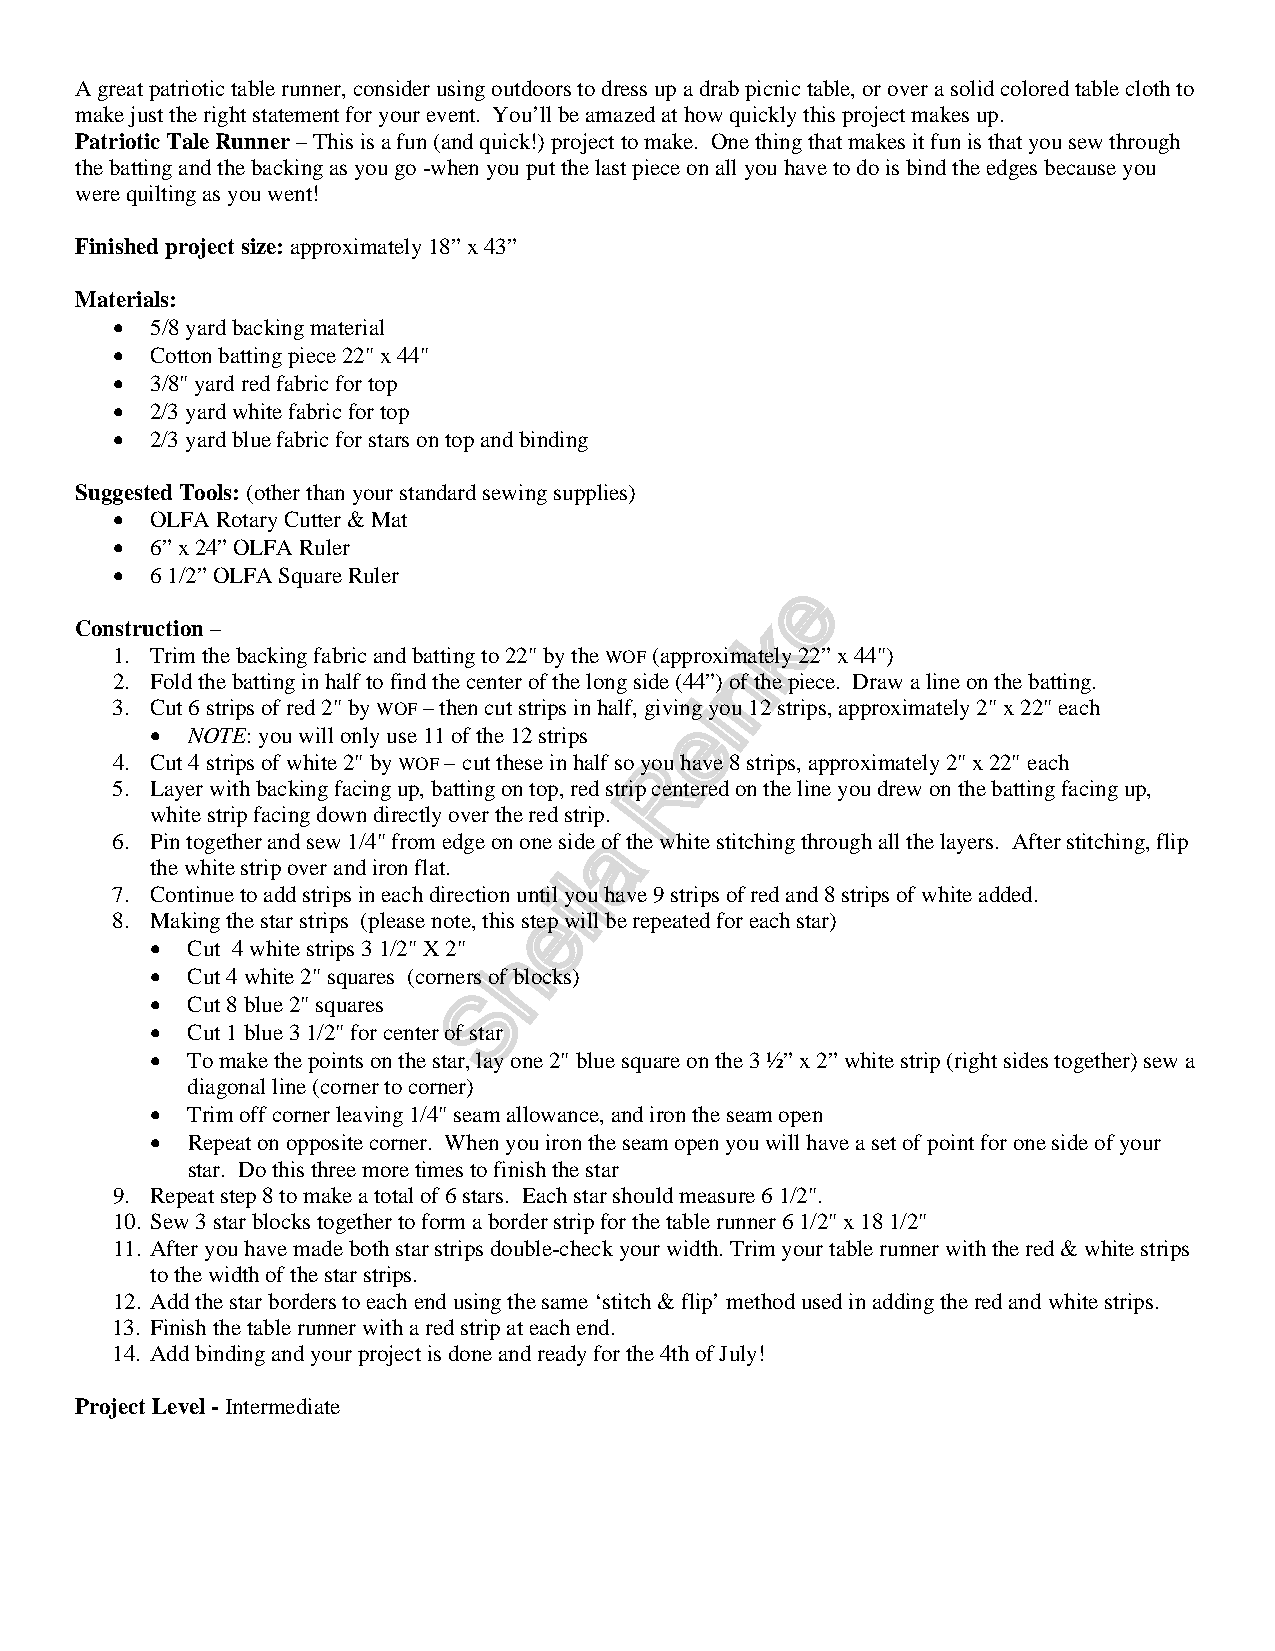
A great patriotic table runner, consider using outdoors to dress up a drab picnic table, or over a solid colored table cloth to
 make just the right statement for your event. You’ll be amazed at how quickly this project makes up.
 Patriotic Tale Runner – This is a fun (and quick!) project to make. One thing that makes it fun is that you sew through
 the batting and the backing as you go -when you put the last piece on all you have to do is bind the edges because you
 were quilting as you went!
 Finished project size: approximately 18” x 43”
 Materials:
 •  5/8 yard backing material
 •  Cotton batting piece 22" x 44"
 •  3/8" yard red fabric for top
 •  2/3 yard white fabric for top
 •  2/3 yard blue fabric for stars on top and binding
 Suggested Tools: (other than your standard sewing supplies)
 •  OLFA Rotary Cutter & Mat
 •  6” x 24” OLFA Ruler
 •  6 1/2” OLFA Square Ruler
 Construction –
 1. Trim the backing fabric and batting to 22" by the WOF (approximately 22” x 44")
 2. Fold the batting in half to find the center of the long side (44”) of the piece. Draw a line on the batting.
 3. Cut 6 strips of red 2" by WOF – then cut strips in half, giving you 12 strips, approximately 2" x 22" each
 • NOTE: you will only use 11 of the 12 strips
 4. Cut 4 strips of white 2" by WOF – cut these in half so you have 8 strips, approximately 2" x 22" each
 5. Layer with backing facing up, batting on top, red strip centered on the line you drew on the batting facing up,
 white strip facing down directly over the red strip.
 6. Pin together and sew 1/4" from edge on one side of the white stitching through all the layers. After stitching, flip
 the white strip over and iron flat.
 7. Continue to add strips in each direction until you have 9 strips of red and 8 strips of white added.
 8. Making the star strips (please note, this step will be repeated for each star)
 • Cut 4 white strips 3 1/2" X 2"
 • Cut 4 white 2" squares (corners of blocks)
 • Cut 8 blue 2" squares
 • Cut 1 blue 3 1/2" for center of star
 • To make the points on the star, lay one 2" blue square on the 3 ½” x 2” white strip (right sides together) sew a
 diagonal line (corner to corner)
 • Trim off corner leaving 1/4" seam allowance, and iron the seam open
 • Repeat on opposite corner. When you iron the seam open you will have a set of point for one side of your
 star. Do this three more times to finish the star
 9. Repeat step 8 to make a total of 6 stars. Each star should measure 6 1/2".
 10. Sew 3 star blocks together to form a border strip for the table runner 6 1/2" x 18 1/2"
 11. After you have made both star strips double-check your width. Trim your table runner with the red & white strips
 to the width of the star strips.
 12. Add the star borders to each end using the same ‘stitch & flip’ method used in adding the red and white strips.
 13. Finish the table runner with a red strip at each end.
 14. Add binding and your project is done and ready for the 4th of July!
 Project Level - Intermediate